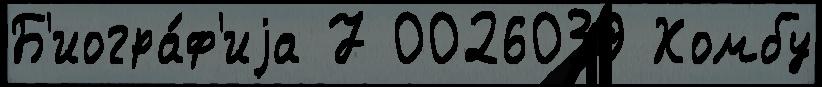
Б'иогра́ф'иjа 7 0026039 Хомбу